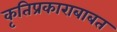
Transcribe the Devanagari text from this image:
कृतिप्रकाराबाबत